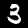
Digit: 3